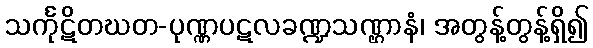
သင်္ကုဋိတဃတ-ပုဏ္ဏပဋလခဏ္ဍသဏ္ဌာနံ၊ အတွန့်တွန့်ရှိ၍